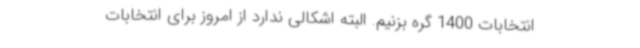
انتخابات 1400 گره بزنیم. البته اشکالی ندارد از امروز برای انتخابات